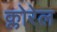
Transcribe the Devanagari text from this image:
क्लोरेल